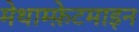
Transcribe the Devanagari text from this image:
मेथाम्फ़ेटमाइन